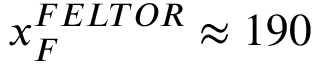
x _ { F } ^ { F E L T O R } \approx 1 9 0